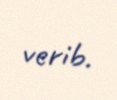
verib.